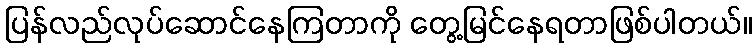
ပြန်လည်လုပ်ဆောင်နေကြတာကို တွေ့မြင်နေရတာဖြစ်ပါတယ်။